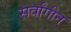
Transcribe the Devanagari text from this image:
सर्वांगीन